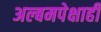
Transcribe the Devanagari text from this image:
अल्बमपेक्षाही